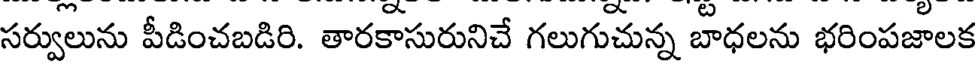
సర్వులును పీడించబడిరి. తారకాసురునిచే గలుగుచున్న బాధలను భరింపజాలక